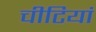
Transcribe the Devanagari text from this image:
चीटियां